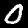
Label: 0